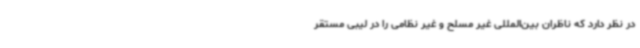
در نظر دارد که ناظران بین‌المللی غیر مسلح و غیر نظامی را در لیبی مستقر